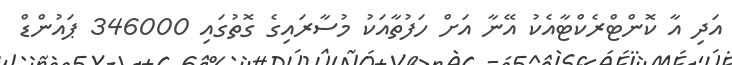
އަދި އާ ކޮންޓްރެކްޓާއެކު އޭނާ އަށް ހަފުތާއަކު މުސާރައިގެ ގޮތުގައި 346000 ޕައުންޑް